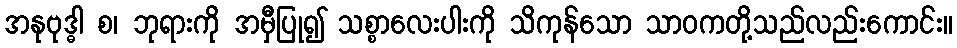
အနုဗုဒ္ဓါ စ၊ ဘုရားကို အမှီပြု၍ သစ္စာလေးပါးကို သိကုန်သော သာဝကတို့သည်လည်းကောင်း။